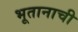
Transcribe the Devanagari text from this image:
भूतानाची